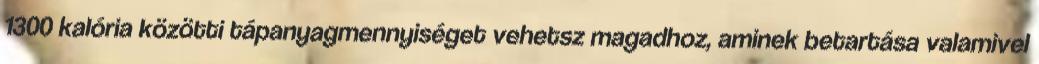
1300 kalória közötti tápanyagmennyiséget vehetsz magadhoz, aminek betartása valamivel